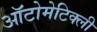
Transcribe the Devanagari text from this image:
ऑटोमेटिक्ली